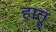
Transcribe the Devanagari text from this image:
हातू